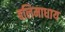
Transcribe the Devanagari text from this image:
बलिमाधाय